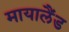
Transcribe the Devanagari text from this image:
मायालैंड